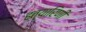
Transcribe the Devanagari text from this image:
हत्यारिणी